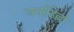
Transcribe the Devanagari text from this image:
अर्माडिल्लो